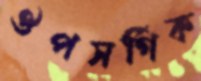
ঔপসর্গিক